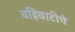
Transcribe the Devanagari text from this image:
वहिवाटीचे